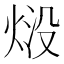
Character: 𭴱